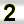
Digit: 2